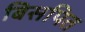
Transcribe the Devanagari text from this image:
बिसपित